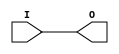
// This program was cloned from: https://github.com/jhshi/openofdm
// License: Apache License 2.0

// $Header: /devl/xcs/repo/env/Databases/CAEInterfaces/verunilibs/data/unisims/IBUF_LVDCI_15.v,v 1.6 2007/05/23 21:43:35 patrickp Exp $
///////////////////////////////////////////////////////////////////////////////
// Copyright (c) 1995/2004 Xilinx, Inc.
// All Right Reserved.
///////////////////////////////////////////////////////////////////////////////
//   ____  ____
//  /   /\/   /
// /___/  \  /    Vendor : Xilinx
// \   \   \/     Version : 10.1
//  \   \         Description : Xilinx Functional Simulation Library Component
//  /   /                  Input Buffer with LVDCI_15 I/O Standard
// /___/   /\     Filename : IBUF_LVDCI_15.v
// \   \  /  \    Timestamp : Thu Mar 25 16:42:34 PST 2004
//  \___\/\___\
//
// Revision:
//    03/23/04 - Initial version.
//    05/23/07 - Changed timescale to 1 ps / 1 ps.

`timescale  1 ps / 1 ps


module IBUF_LVDCI_15 (O, I);

    output O;

    input  I;

	buf B1 (O, I);


endmodule